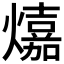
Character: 𤐵